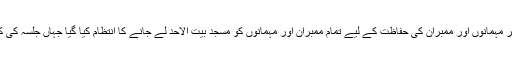
چنانچہ ہنگامی طور پر مہمانوں اور ممبران کی حفاظت کے لیے تمام ممبران اور مہمانوں کو مسجد بیت الاحد لے جانے کا انتظام کیا گیا جہاں جلسہ کی کارروائی جاری رہی ۔